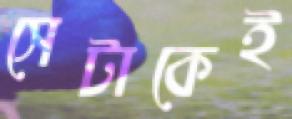
সেটাকেই